Lunatic asylums Central Provinces reports 1895-1909 - 1895-1909
Year: 1895
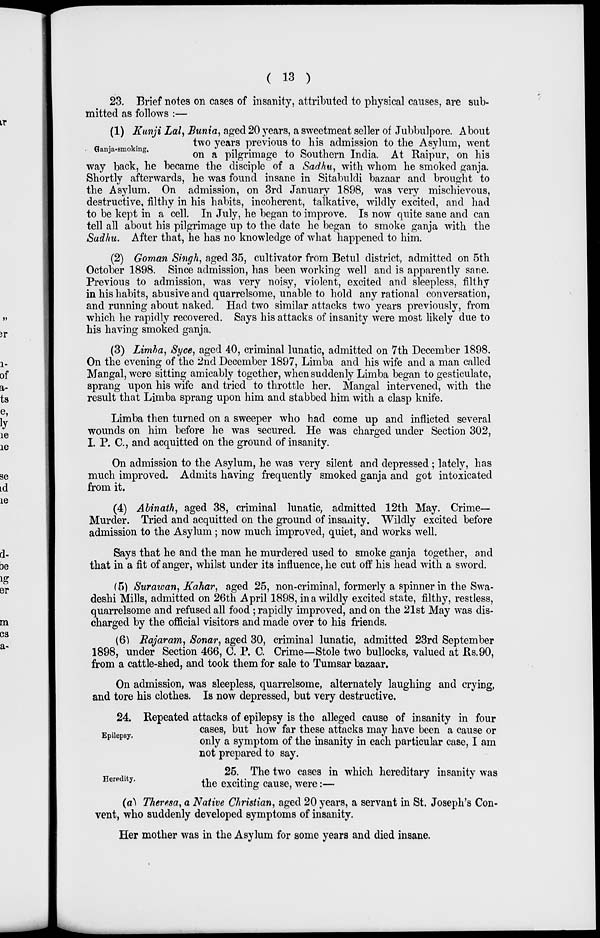
( 13 )
23. Brief notes on cases of insanity, attributed to physical causes, are sub-
mitted as follows :—
Ganja-smoking.
(1) Kunji Lal, Bunia, aged 20 years, a sweetmeat seller of Jubbulpore. About
two years previous to his admission to the Asylum, went
on a pilgrimage to Southern India. At Raipur, on his
way back, he became the disciple of a Sadhu, with whom he smoked ganja.
Shortly afterwards, he was found insane in Sitabuldi bazaar and brought to
the Asylum. On admission, on 3rd January 1898, was very mischievous,
destructive, filthy in his habits, incoherent, talkative, wildly excited, and had
to be kept in a cell. In July, he began to improve. Is now quite sane and can
tell all about his pilgrimage up to the date he began to smoke ganja with the
Sadhu. After that, he has no knowledge of what happened to him.
(2) Goman Singh, aged 35, cultivator from Betul district, admitted on 5th
October 1898. Since admission, has been working well and is apparently sane.
Previous to admission, was very noisy, violent, excited and sleepless, filthy
in his habits, abusive and quarrelsome, unable to hold any rational conversation,
and running about naked. Had two similar attacks two years previously, from
which he rapidly recovered. Says his attacks of insanity were most likely due to
his having smoked ganja.
(3) Limba, Syce, aged 40, criminal lunatic, admitted on 7th December 1898.
On the evening of the 2nd December 1897, Limba and his wife and a man called
Mangal, were sitting amicably together, when suddenly Limba began to gesticulate,
sprang upon his wife and tried to throttle her. Mangal intervened, with the
result that Limba sprang upon him and stabbed him with a clasp knife.
Limba then turned on a sweeper who had come up and inflicted several
wounds on him before he was secured. He was charged under Section 302,
I. P. C, and acquitted on the ground of insanity.
On admission to the Asylum, he was very silent and depressed ; lately, has
much improved. Admits having frequently smoked ganja and got intoxicated
from it.
(4) Abinath, aged 38, criminal lunatic, admitted 12th May. Crime-
Murder. Tried and acquitted on the ground of insanity. Wildly excited before
admission to the Asylum; now much improved, quiet, and works well.
Says that he and the man he murdered used to smoke ganja together, and
that in a fit of anger, whilst under its influence, he cut off his head with a sword.
(5) Surawan, Kahar, aged 25, non-criminal, formerly a spinner in the Swa-
deshi Mills, admitted on 26th April 1898, in a wildly excited state, filthy, restless,
quarrelsome and refused all food ; rapidly improved, and on the 21st May was dis-
charged by the official visitors and made over to his friends.
(6) Rajaram, Sonar, aged 30, criminal lunatic, admitted 23rd September
1898, under Section 466, C. P. C. Crime—Stole two bullocks, valued at Rs. 90,
from a cattle-shed, and took them for sale to Tumsar bazaar.
On admission, was sleepless, quarrelsome, alternately laughing and crying,
and tore his clothes. Is now depressed, but very destructive.
Epilepsy.
24. Repeated attacks of epilepsy is the alleged cause of insanity in four
cases, but how far these attacks may have been a cause or
only a symptom of the insanity in each particular case, I am
not prepared to say.
Heredity.
25. The two cases in which hereditary insanity was
the exciting cause, were:—
(a) Theresa, a Native Christian, aged 20 years, a servant in St. Joseph's Con-
vent, who suddenly developed symptoms of insanity.
Her mother was in the Asylum for some years and died insane.